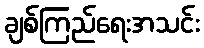
ချစ်ကြည်ရေးအသင်း